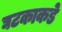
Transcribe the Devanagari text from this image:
घटकाकडे